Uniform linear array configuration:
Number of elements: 48
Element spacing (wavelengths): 0.25
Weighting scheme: cosine
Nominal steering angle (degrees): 0
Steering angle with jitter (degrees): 0.0726
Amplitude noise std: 0.05
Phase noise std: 0.05

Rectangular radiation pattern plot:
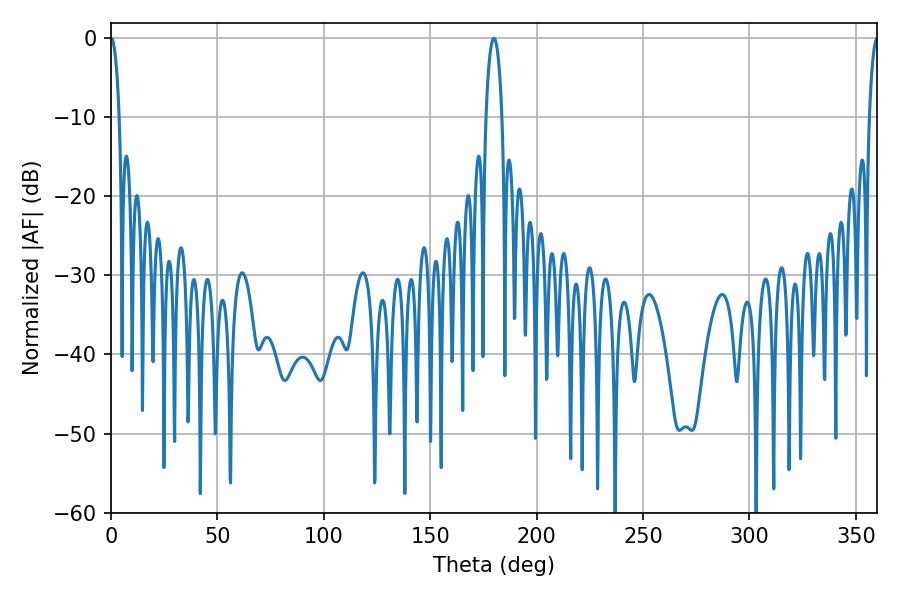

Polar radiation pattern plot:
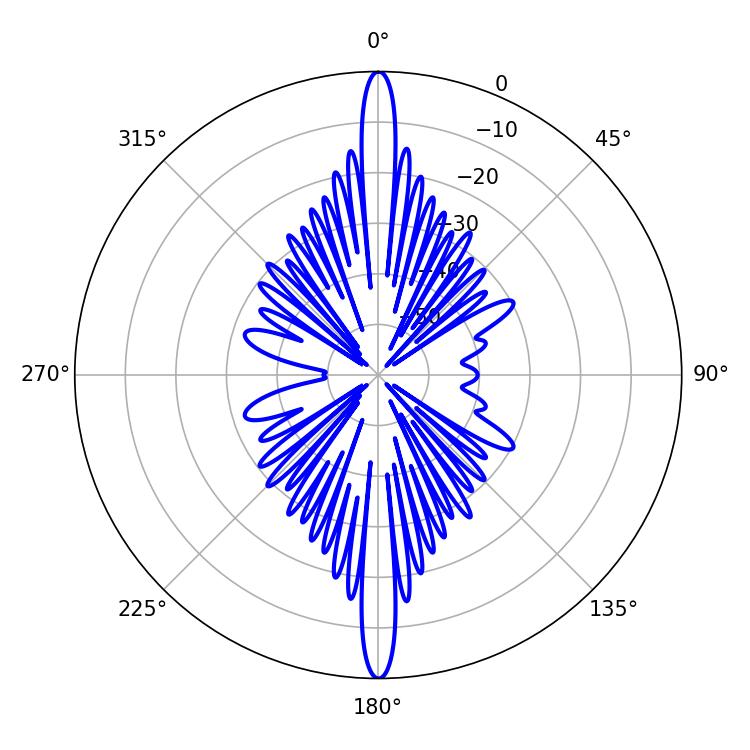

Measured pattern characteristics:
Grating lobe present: FALSE
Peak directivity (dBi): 40.421
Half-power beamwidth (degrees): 2.16
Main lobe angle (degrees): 0